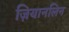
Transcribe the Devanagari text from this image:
ज़ियानलिन